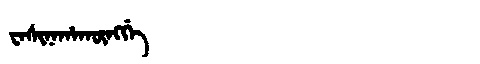
Manchu: ᠸᠠᠰᡳᠨᠠᡥᠠᡴᡡᠩᡤᡝ
Romanization: WASINAHAKŪNGGE